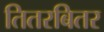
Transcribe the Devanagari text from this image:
तितरबितर